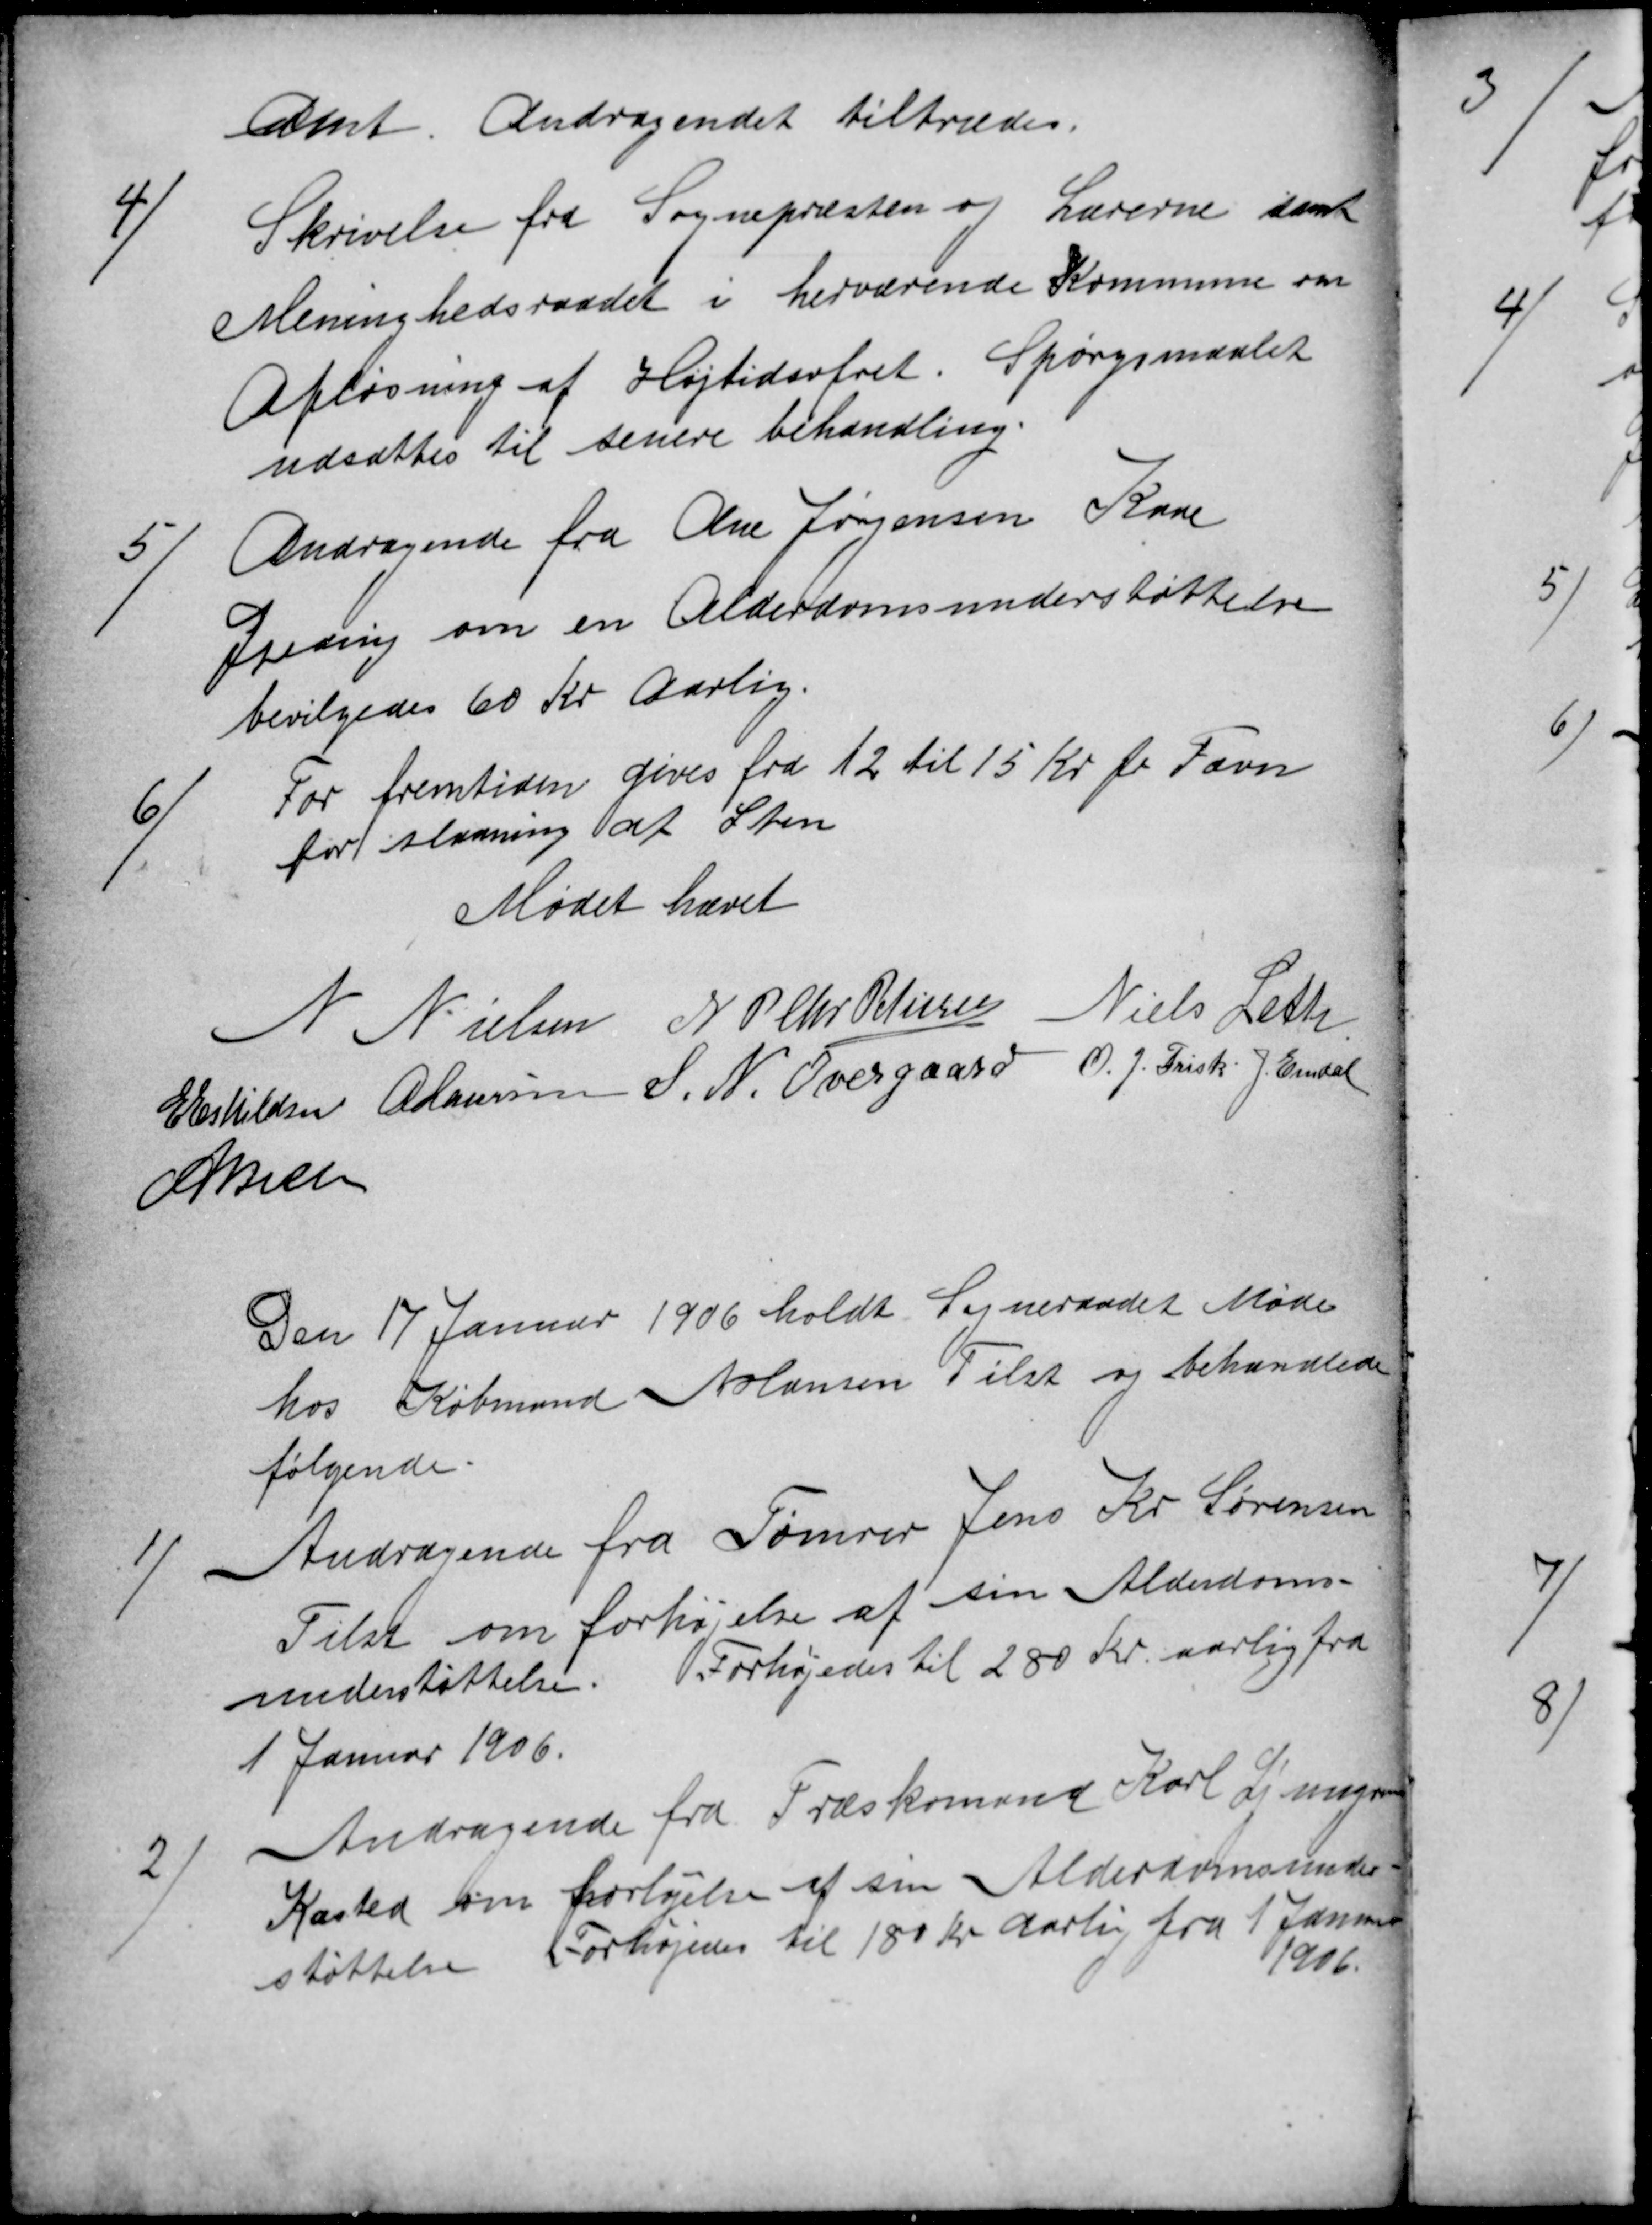
Transskription:
Amt Andragendet tiltrædes.
4)
Skrivelse fra Sognepræsten og Lærerne samt
Meninghedsraadet i herværende Kommune om
Afløsning af Højtidsofret Spørgsmaalet
udsattes til senere behandling.
5)
Andragende fra Ane Jørgensen Kaae
Gjeding om en Alderdomsunderstøttelse
bevilgedes 60 Kr Aarlig.
6)
For fremtiden gives fra 12 til 15 Kr pr Favn
for slaaning af Sten
Mødet hævet
N Nielsen N P Chr Petersen Niels Leth
E Eskildsen A Laursen S. N. Overgaard O. J. Frisk. J. Emdal
A Nielsen
Den 17 Januar 1906 holdt Sogneraadet Møde
hos Købmand N Hansen Tilst og behandlede
følgende.
1
Andragende fra Tømrer Jens Kr Sørensen
Tilst om forhøjelse af sin Alderdoms-
understøttelse. Forhøjedes til 280 Kr aarlig fra
1 Januar 1906.
2)
Andragende fra Træskomand Karl Ljungren
Kasted om forhøjelse af sin Alderdomsunder-
støttelse Forhøjedes til 180 Kr aarlig fra 1 Januar
1906.